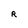
Character: R